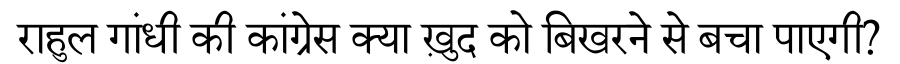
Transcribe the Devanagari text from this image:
राहुल गांधी की कांग्रेस क्या ख़ुद को बिखरने से बचा पाएगी?